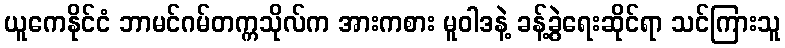
ယူကေနိုင်ငံ ဘာမင်ဂမ်တက္ကသိုလ်က အားကစား မူဝါဒနဲ့ ခန့်ခွဲရေးဆိုင်ရာ သင်ကြားသူ